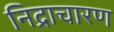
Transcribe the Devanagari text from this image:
निद्राचारण